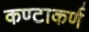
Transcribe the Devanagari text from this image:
कण्टाकर्ण